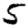
Digit: 5